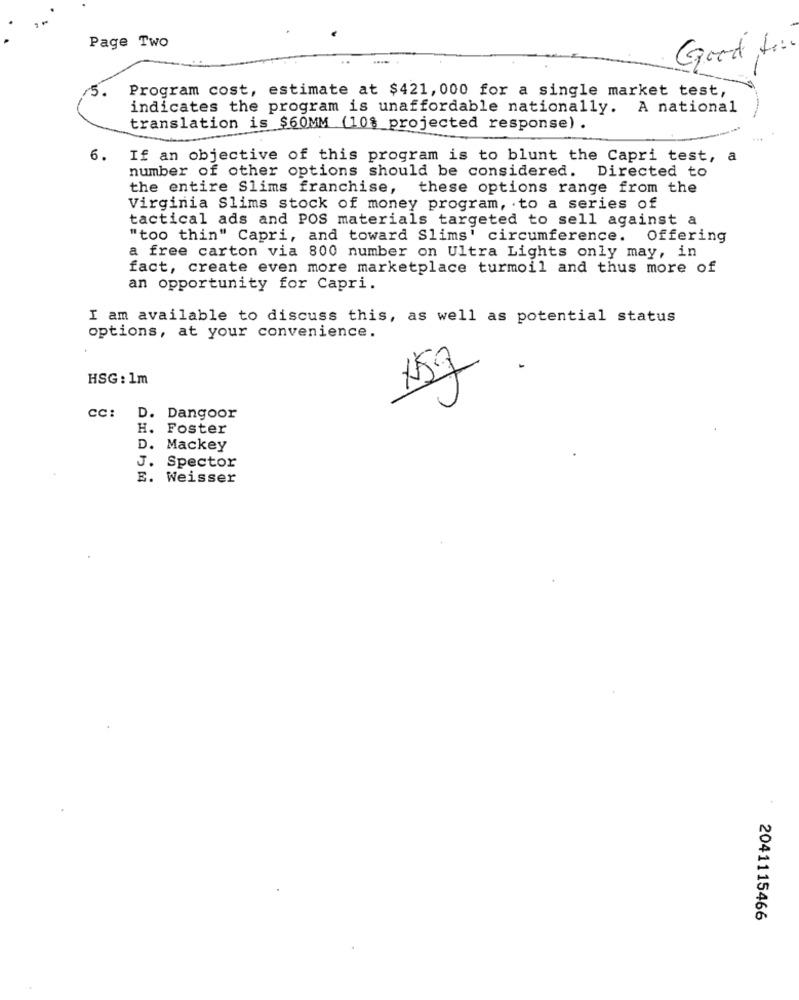
Page Two
Good to:
5.
Program cost, estimate at $421, 000 for a single market test,
indicates the program is unaffordable nationally. A national
translation is $60MM (10% projected response) .
6. If an objective of this program is to blunt the Capri test, a
number of other options should be considered. Directed to
the entire Slims franchise,
these options range from the
Virginia Slims stock of money program, to a series of
tactical ads and POS materials targeted to sell against a
"too thin" Capri, and toward Slims' circumference. Offering
a free carton via 800 number on Ultra Lights only may, in
fact, create even more marketplace turmoil and thus more of
an opportunity for Capri.
I am available to discuss this, as well as potential status
options, at your convenience.
HSG : 1m
159
cc: D. Dangoor
H.
Foster
D.
Mackey
J.
Spector
E. Weisser
2041115466